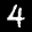
Label: 4